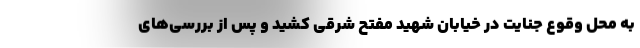
به محل وقوع جنایت در خیابان شهید مفتح شرقی کشید و پس از بررسی‌های